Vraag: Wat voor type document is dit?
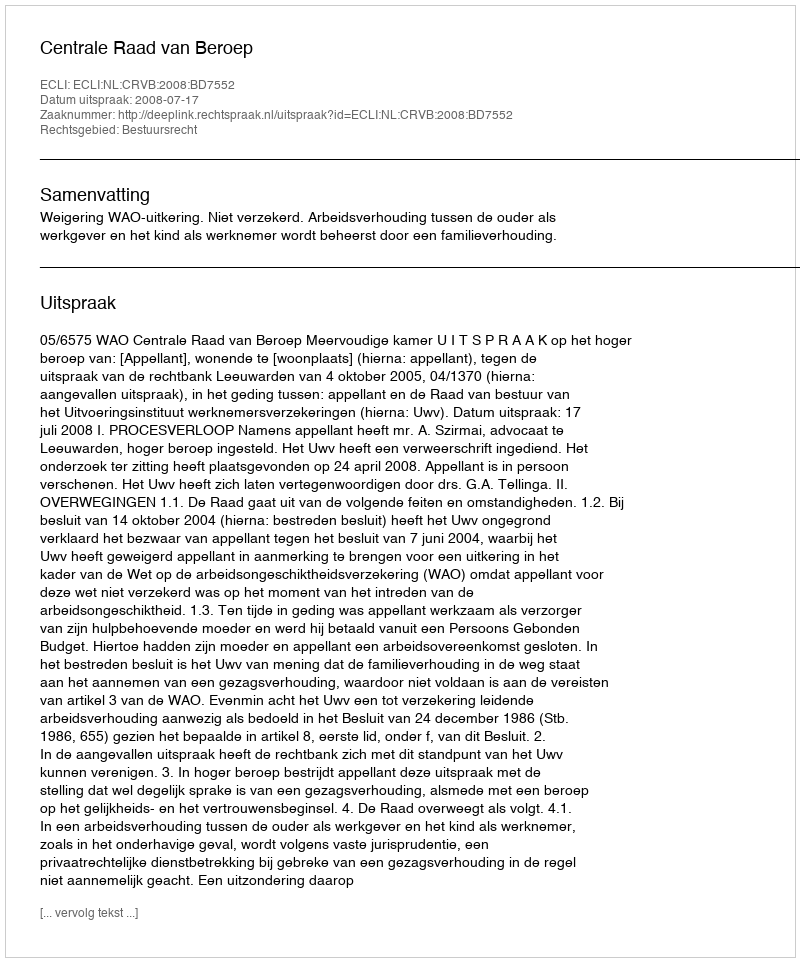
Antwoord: Uitspraak